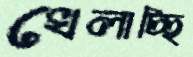
খেলাচ্ছি